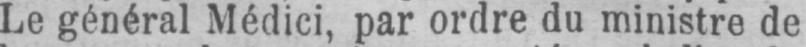
Le général Médici, par ordre du ministre de